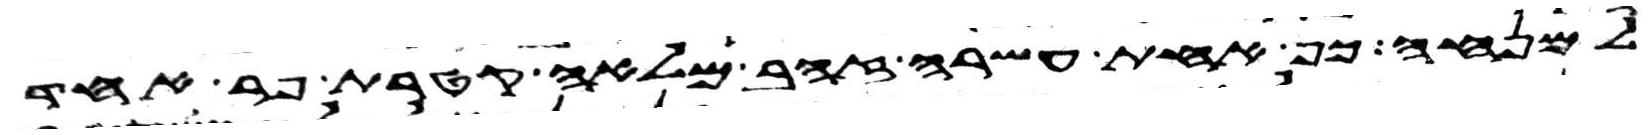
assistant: למנחה כף אחת עשרה זהב מלאה קטרת פר אחד